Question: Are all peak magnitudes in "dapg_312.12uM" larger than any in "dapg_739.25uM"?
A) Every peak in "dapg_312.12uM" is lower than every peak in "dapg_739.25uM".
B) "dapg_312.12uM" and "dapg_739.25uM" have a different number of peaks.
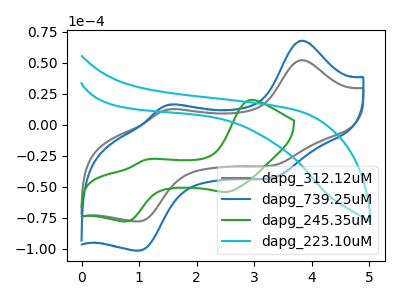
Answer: <think>The gray curve "dapg_312.12uM" has anodic peaks at (3.85V, 51.95uA) (1.55V, 12.40uA) and cathodic peaks at (3.40V, -32.00uA) (1.00V, -78.05uA). The blue curve "dapg_739.25uM" has anodic peaks at (3.85V, 67.65uA) (1.55V, 16.10uA) and cathodic peaks at (3.40V, -41.65uA) (1.00V, -101.60uA). The green curve "dapg_245.35uM" has anodic peaks at (2.95V, 19.85uA) (1.10V, -28.35uA) and cathodic peaks at (2.50V, -54.40uA) (0.80V, -78.15uA). The cyan curve "dapg_223.10uM" has no peaks.</think>
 <answer>A) Every peak in "dapg_312.12uM" is lower than every peak in "dapg_739.25uM".</answer>
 <eval>A</eval>